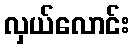
လှယ်လောင်း